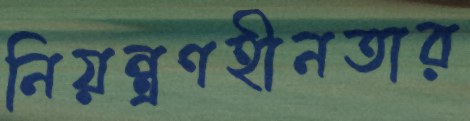
নিয়ন্ত্রণহীনতার